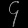
Digit: ၄